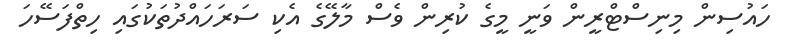
ހައުސިން މިނިސްޓްރީން ވަނީ މީގެ ކުރިން ވެސް މާލޭގެ އެކި ސަރަހައްދުތަކުގައި ހިތްފަސޭހަ